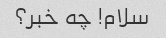
سلام! چه خبر؟